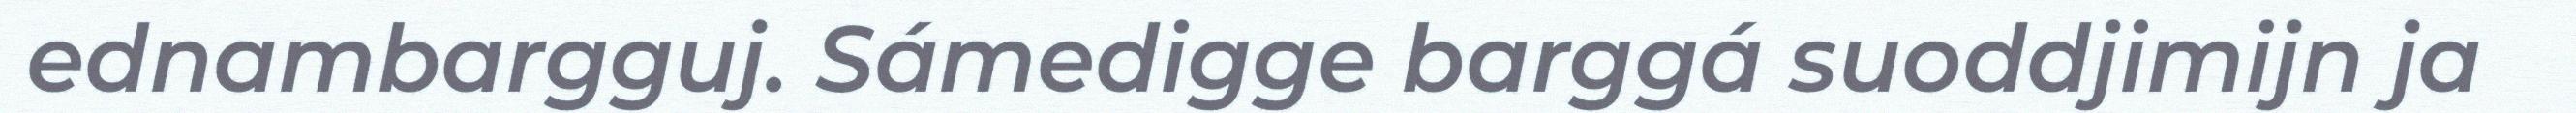
ednambargguj. Sámedigge barggá suoddjimijn ja